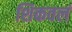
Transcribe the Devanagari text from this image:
शिकवलं